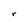
Character: r